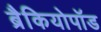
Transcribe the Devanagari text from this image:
ब्रैकियोपॉड